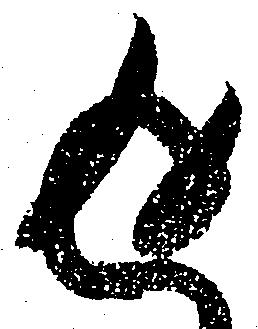
返